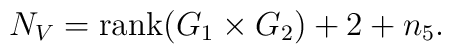
N_V={\rm rank}(G_1\times G_2)+2+n_5.